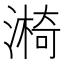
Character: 𣾐